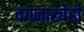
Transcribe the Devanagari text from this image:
वगनाट्येही